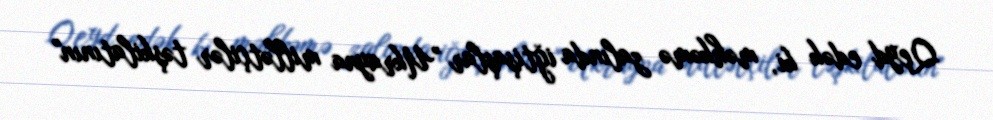
Qeyd edək ki, məhkəmə zalında iğtişaşlar "Ukrayna millətçilər təşkilatının"